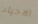
الاحياء